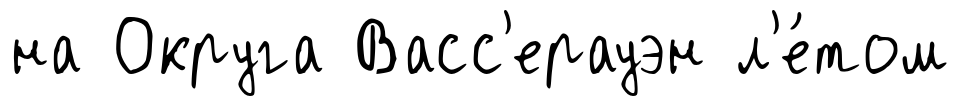
на Округа Васс'ерауэн л'е́том